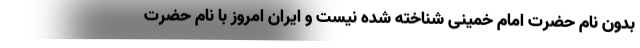
بدون نام حضرت امام خمینی شناخته شده نیست و ایران امروز با نام حضرت